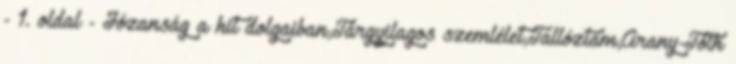
- 1. oldal - Józanság a hit dolgaiban,Tárgyilagos szemlélet,Tallóztam,Arany-Tóth